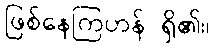
ဖြစ်နေကြဟန် ရှိ၏။